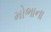
મોભાના